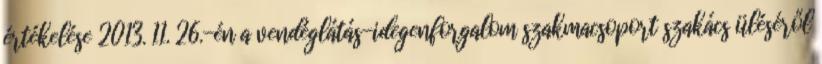
értékelése 2013. 11. 26.-én a vendéglátás-idegenforgalom szakmacsoport szakács üléséről